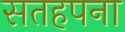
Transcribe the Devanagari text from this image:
सतहपना